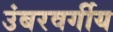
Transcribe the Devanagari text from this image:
उंबरवर्गीय